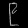
Digit: ၉